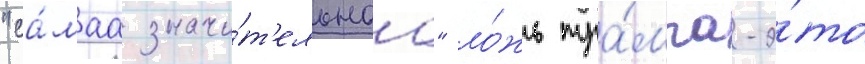
"са́маа значи́т'ельнаа" ло́жь тра́мпа-э́то